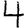
Digit: 4